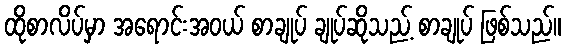
ထိုစာလိပ်မှာ အရောင်းအဝယ် စာချုပ် ချုပ်ဆိုသည့် စာချုပ် ဖြစ်သည်။